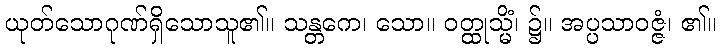
ယုတ်သောဂုဏ်ရှိသောသူ၏။ သန္တကေ၊ သော။ ဝတ္ထုသ္မိံ၊ ၌။ အပ္ပသာဝဇ္ဇံ၊ ၏။